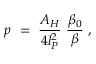
p ~ = ~ { \frac { A _ { H } } { 4 l _ { P } ^ { 2 } } } ~ { \frac { \beta _ { 0 } } { \beta } } ~ ,